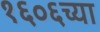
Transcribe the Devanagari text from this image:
१६०६च्या